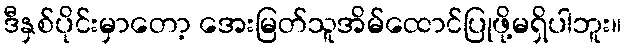
ဒီနှစ်ပိုင်းမှာတော့ အေးမြတ်သူအိမ်ထောင်ပြုဖို့မရှိပါဘူး။